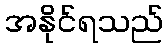
အနိုင်ရသည်